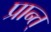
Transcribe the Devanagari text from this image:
प्रान्त्